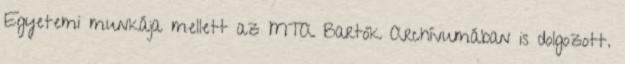
Egyetemi munkája mellett az MTA Bartók Archívumában is dolgozott.